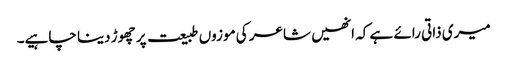
میری ذاتی رائے ہے کہ انھیں شاعر کی موزوں طبیعت پر چھوڑ دینا چاہیے۔